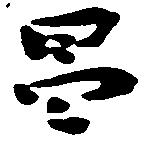
昌